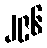
၂၉၆